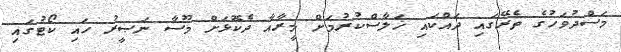
މަސްދުވަހުގެ ތެރޭގައި ދައްކައި ޚަލާސްކުރުމަށް މީރާއާ ދެކޮޅަށް މޫސާ ނަޞީރު ހައި ކޯޓުގައި